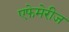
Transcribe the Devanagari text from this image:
एफेमेरीज